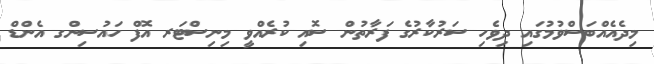
މިދެއެއްބަސްވުމުގައި ދިވެހި ސަރުކާރުގެ ފަރާތުން ސޮއި ކުރެއްވީ މިނިސްޓަރ އޮފް ހައުސިންގ އެންޑް